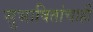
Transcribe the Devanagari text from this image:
सुभाषितांचाही